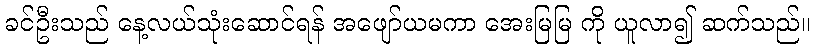
ခင်ဦးသည် နေ့လယ်သုံးဆောင်ရန် အဖျော်ယမကာ အေးမြမြ ကို ယူလာ၍ ဆက်သည်။